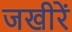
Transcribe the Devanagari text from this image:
जखीरें